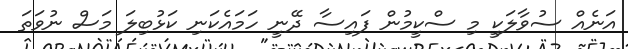
އަނެއް ސުވާލަކީ މި ސްކީމުން ފައިސާ ދޭނީ ހަމައެކަނި ކަޅުބިލަ މަސް ނުވަތަ